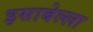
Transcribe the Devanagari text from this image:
इसाबेल्ला